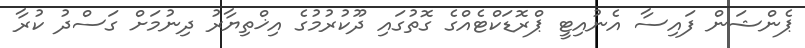
ޕެންޝަން ފައިސާ އެނުއިޓީ ޕްރޮޑަކްޓެއްގެ ގޮތުގައި ދޫކުރުމުގެ އިޚްތިޔާރު ދިނުމަށް ގަސްދު ކުރާ